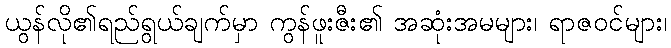
ယွန်လို၏ရည်ရွယ်ချက်မှာ ကွန်ဖူးဇီး၏ အဆုံးအမများ၊ ရာဇဝင်များ၊